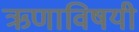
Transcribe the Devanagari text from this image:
ऋणाविषयी